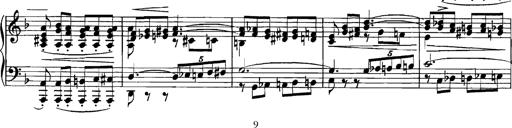
Title: Grandes Etudes
Composer: Franz Liszt